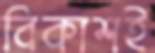
বিকাশই